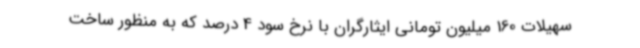
سهیلات 160 میلیون تومانی ایثارگران با نرخ سود 4 درصد که به منظور ساخت